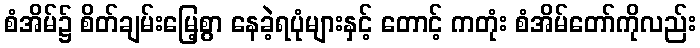
စံအိမ်၌ စိတ်ချမ်းမြေ့စွာ နေခဲ့ရပုံများနှင့် တောင့် ကတုံး စံအိမ်တော်ကိုလည်း